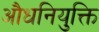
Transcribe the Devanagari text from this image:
औधनियुक्ति